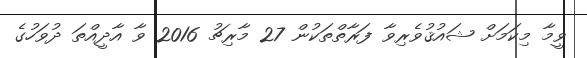
ވީމާ މިކަމަށް ޝައުޤުވެރިވާ ފަރާތްތަކުން 27 މާރިޗު 2016 ވާ އާދީއްތަ ދުވަހުގެ